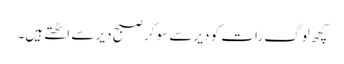
کچھ لوگ رات کو دیر سے سو کر صبح دیر سے اٹھتے ہیں۔